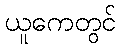
ယူကေတွင်